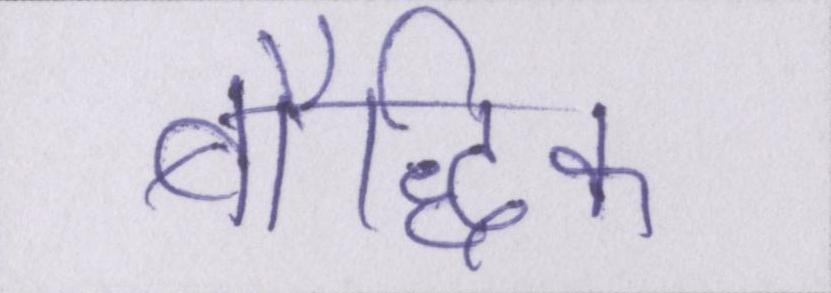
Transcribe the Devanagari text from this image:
बौद्धिक